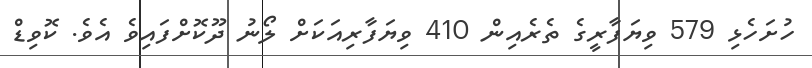
ހުށަހެޅި 579 ވިޔަފާރީގެ ތެރެއިން 410 ވިޔަފާރިއަކަށް ލޯނު ދޫކޮށްފައިވެ އެވެ. ކޮވިޑް